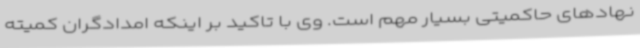
نهادهای حاکمیتی بسیار مهم است. وی با تاکید بر اینکه امدادگران کمیته